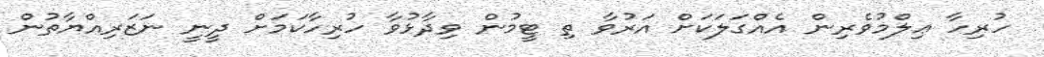
ހުރިހާ ޢިލްމުވެރިން އެއްގަލަކަށް އަރުވާ ތި ޓީމުން ވިދާޅުވާ ހުރިހާކަމަށް ދީނީ ނަޒަރިއްޔާތުން